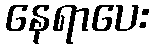
နေရာပေး